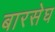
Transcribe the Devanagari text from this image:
बारसेघ